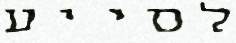
לסייע